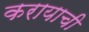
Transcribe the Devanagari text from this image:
करायाची